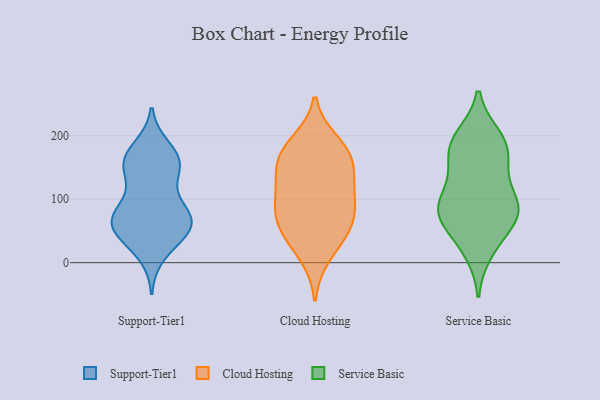
{"axis": {"x": "Market Share (%)", "y": "Value"}, "legend": ["Cloud Hosting", "Service Basic", "Support-Tier1"], "data": [{"x": "", "y": 73, "type": "Support-Tier1"}, {"x": "", "y": 167, "type": "Support-Tier1"}, {"x": "", "y": 50, "type": "Support-Tier1"}, {"x": "", "y": 41, "type": "Support-Tier1"}, {"x": "", "y": 181, "type": "Support-Tier1"}, {"x": "", "y": 146, "type": "Support-Tier1"}, {"x": "", "y": 78, "type": "Support-Tier1"}, {"x": "", "y": 90, "type": "Support-Tier1"}, {"x": "", "y": 75, "type": "Support-Tier1"}, {"x": "", "y": 73, "type": "Support-Tier1"}, {"x": "", "y": 53, "type": "Support-Tier1"}, {"x": "", "y": 156, "type": "Support-Tier1"}, {"x": "", "y": 161, "type": "Support-Tier1"}, {"x": "", "y": 49, "type": "Support-Tier1"}, {"x": "", "y": 159, "type": "Support-Tier1"}, {"x": "", "y": 132, "type": "Support-Tier1"}, {"x": "", "y": 13, "type": "Support-Tier1"}, {"x": "", "y": 60, "type": "Support-Tier1"}, {"x": "", "y": 123, "type": "Cloud Hosting"}, {"x": "", "y": 155, "type": "Cloud Hosting"}, {"x": "", "y": 52, "type": "Cloud Hosting"}, {"x": "", "y": 190, "type": "Cloud Hosting"}, {"x": "", "y": 77, "type": "Cloud Hosting"}, {"x": "", "y": 11, "type": "Cloud Hosting"}, {"x": "", "y": 96, "type": "Cloud Hosting"}, {"x": "", "y": 42, "type": "Cloud Hosting"}, {"x": "", "y": 164, "type": "Cloud Hosting"}, {"x": "", "y": 88, "type": "Cloud Hosting"}, {"x": "", "y": 160, "type": "Cloud Hosting"}, {"x": "", "y": 120, "type": "Cloud Hosting"}, {"x": "", "y": 58, "type": "Cloud Hosting"}, {"x": "", "y": 181, "type": "Cloud Hosting"}, {"x": "", "y": 197, "type": "Service Basic"}, {"x": "", "y": 90, "type": "Service Basic"}, {"x": "", "y": 185, "type": "Service Basic"}, {"x": "", "y": 79, "type": "Service Basic"}, {"x": "", "y": 156, "type": "Service Basic"}, {"x": "", "y": 19, "type": "Service Basic"}, {"x": "", "y": 190, "type": "Service Basic"}, {"x": "", "y": 39, "type": "Service Basic"}, {"x": "", "y": 175, "type": "Service Basic"}, {"x": "", "y": 89, "type": "Service Basic"}, {"x": "", "y": 86, "type": "Service Basic"}, {"x": "", "y": 131, "type": "Service Basic"}, {"x": "", "y": 83, "type": "Service Basic"}, {"x": "", "y": 73, "type": "Service Basic"}]}